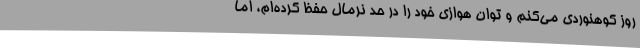
روز کوهنوردی می‌کنم و توان هوازی خود را در حد نرمال حفظ کرده‌ام، اما